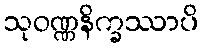
သုဝဏ္ဏနိက္ခဿာပိ